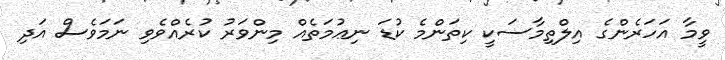
ވީމާ އަހަރެންގެ އިލްތިމާސަކީ ކިތަންމެ ކުޑަ ނިޢުމަތެއް މިންވަރު ކުރެއްވެވި ނަމަވެސް އަދި